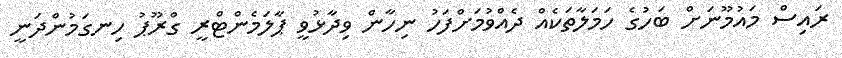
ރައިސް މައުމޫނަށް ބަހުގެ ހަމަލާތަކެއް ދެއްވުމަށްފަހު ނިހާން ވިދާޅުވީ ޕާލަމެންޓްރީ ގްރޫޕު ހިނގަމުންދަނީ